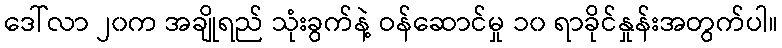
ဒေါ်လာ ၂၀က အချိုရည် သုံးခွက်နဲ့ ဝန်ဆောင်မှု ၁၀ ရာခိုင်နှုန်းအတွက်ပါ။